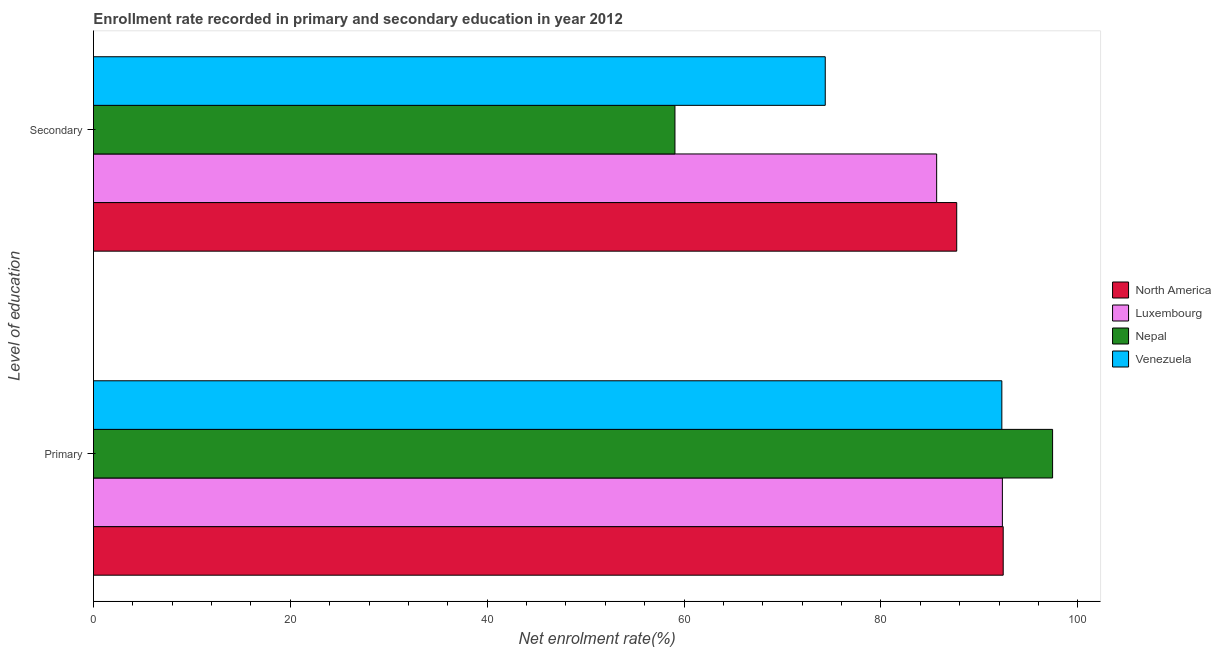
| Level of education | North America | Luxembourg | Nepal | Venezuela |
 | --- | --- | --- | --- | --- |
 | Primary | 92.4 | 92.3 | 97.4 | 92.3 |
 | Secondary | 87.7 | 85.7 | 59.1 | 74.3 |